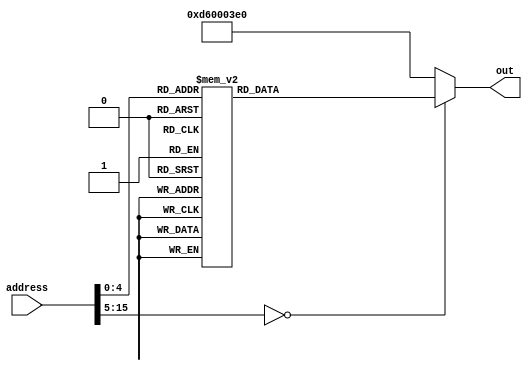
module rom_case(out, address);
	output reg [31:0] out;
	input  [15:0] address; // address- 16 deep memory  
	always @(address) begin
		case (address)
			16'h0000:  out = 32'b11010010100000000000000000100001; // MOVZ X1, 1
			16'h0001:  out = 32'b11010010100000000000000001000010; // MOVZ X2, 2
			16'h0002:  out = 32'b10001011000000100000000000100100; // ADD X4, X1, X2
			16'h0003:  out = 32'b11111000000000010000001111100100; // STUR X4, [XZR, 16]
			16'h0004:  out = 32'b11111000010000010000001111100101; // LDUR X5, [XZR, 16]
			16'h0005:  out = 32'b10010100000000000000000000001010; // BL 10
			16'h0006:  out = 32'b10110101000000000000000000100010; // CBNZ X2, 1
			16'h0007:  out = 32'b00010100000000000000000000000001; // B 1
			16'h0008:  out = 32'b00010111111111111111111111111001; // B -7
			16'h0009:  out = 32'b10110100000000000000000001100001; // CBZ X1, 3
			16'h000a:  out = 32'b11101011000000100000000000111111; // SUBS XZR, X1, X2
			16'h000b:  out = 32'b01010100000000000000000000100011; // B.LO 1
			16'h000c:  out = 32'b11111000000000001000001111100001; // STUR X1, [XZR, 8]
			16'h000d:  out = 32'b11111000010000001000001111100110; // LDUR X6, [XZR, 8]
			16'h000e:  out = 32'b11010010000000000000010011100111; // EORI X7, X7, 1
			16'h000f:  out = 32'b00010111111111111111111111111110; // B -2
			16'h0010:  out = 32'b10010001000000000000100000100001; // ADDI X1, X1, 2
			16'h0011:  out = 32'b11010001000000000000010001000010; // SUBI X2, X2, 1
			16'h0012:  out = 32'b11010110000000000000001111000000; // BR X30
			default: out=32'hD60003E0; //BR XZR
		endcase
	end
endmodule